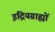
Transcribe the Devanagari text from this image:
इंद्रियग्राह्यों